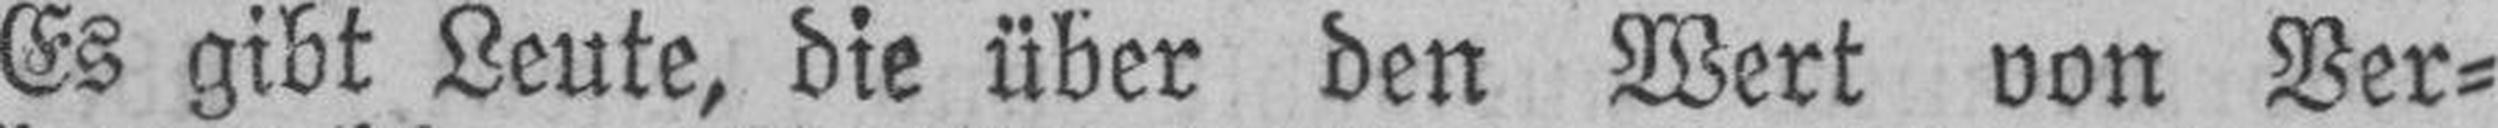
Es gibt Leute, die über den Wert von Ver¬